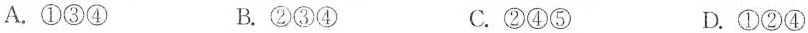
A.①③④ B.②③④ C.②④⑤ D.①②④